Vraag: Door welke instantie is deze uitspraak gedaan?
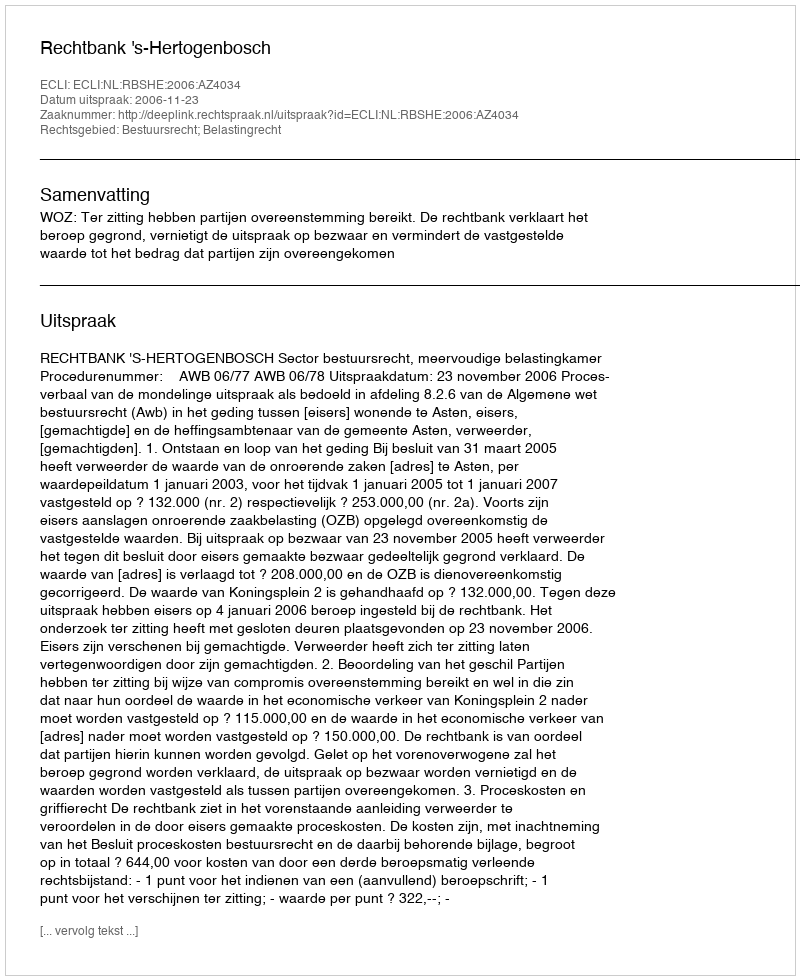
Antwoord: Rechtbank 's-Hertogenbosch